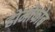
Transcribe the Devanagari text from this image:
होमोफोब